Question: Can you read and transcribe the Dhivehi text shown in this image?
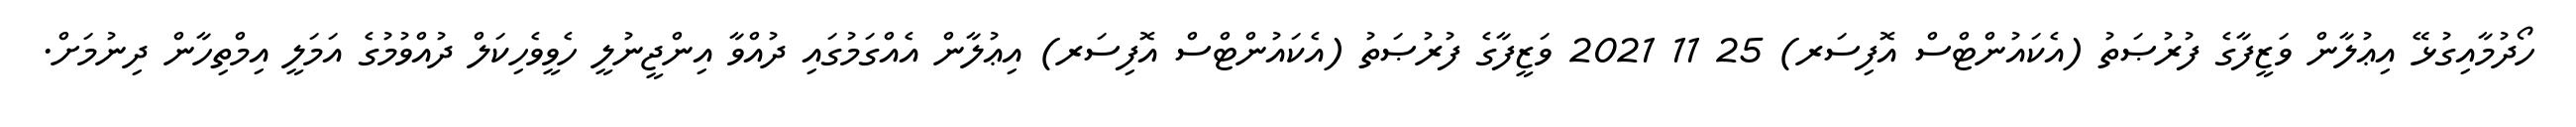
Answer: ހޯދުމާއިގުޅޭ އިޢުލާން ވަޒީފާގެ ފުރުޞަތު (އެކައުންޓްސް އޮފިސަރ) 25 11 2021 ވަޒީފާގެ ފުރުޞަތު (އެކައުންޓްސް އޮފިސަރ) އިޢުލާން އެއްގަމުގައި ދުއްވާ އިންޖީނުލީ ހެވީވެހިކަލް ދުއްވުމުގެ އަމަލީ އިމްތިހާން ދިނުމަށް.